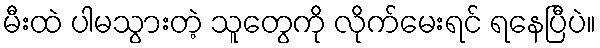
မီးထဲ ပါမသွားတဲ့ သူတွေကို လိုက်မေးရင် ရနေပြီပဲ။